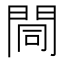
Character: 𨴏